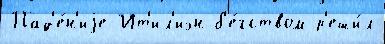
Пад'е́н'иjе Ит'ил'иэн б'е́гством р'еши́л